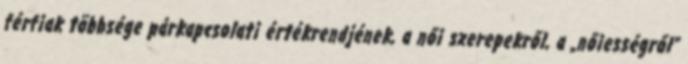
férfiak többsége párkapcsolati értékrendjének, a női szerepekről, a „nőiességről“